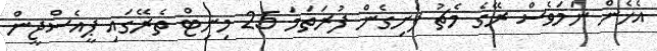
އެހެން ނަމަވެސް ރޭގެ މެޗު ފެށިގެން ފުރަތަމަ 25 މިނިޓް ތެރޭގައި ޕީއެސްޖީން